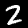
Label: 2